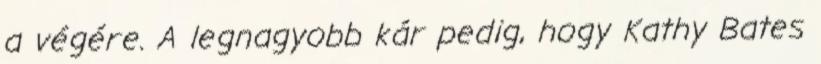
a végére. A legnagyobb kár pedig, hogy Kathy Bates